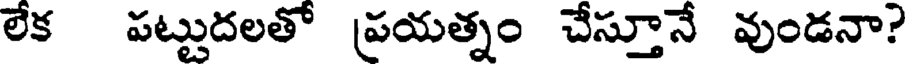
లేక పట్టుదలతో ప్రయత్నం చేస్తూనే వుండనా?